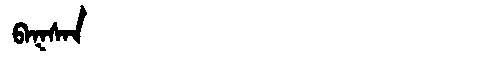
Manchu: ᠪᠠᡴᠰᠠᠨ
Romanization: BAKSAN